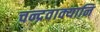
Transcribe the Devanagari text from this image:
चन्द्रवाक्यानि